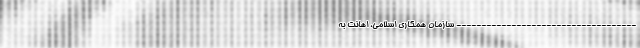
------------------------------------ سازمان همکاری اسلامی، اهانت به